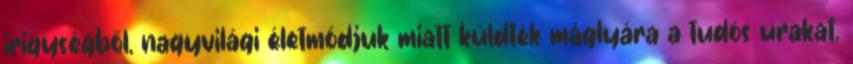
irigységből, nagyvilági életmódjuk miatt küldték máglyára a tudós urakat.